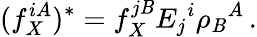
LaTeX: (f_{X}^{iA})^{*}=f_{X}^{j\mathit{B}}E_{j}{}^{i}\rho_{\mathit{B}}{}^{A}\, .